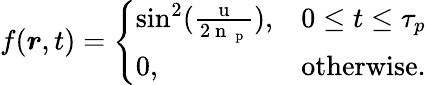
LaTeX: f(\boldsymbol{r},t)=\left\{ \begin{array}{ll}{\sin^{2}(\frac{\mathrm{~u~}}{2\mathrm{~n~}_{\mathrm{~p~}}}),}&{0\leq t\leq\tau_{p}}\\ {0,}&{\mathrm{otherwise.}}\end{array}\right.